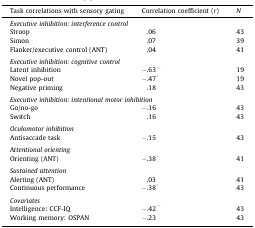
| Task correlations with sensory gating | Correlation coefficient (r) | N |
 | --- | --- | --- |
 | <COLSPAN=3> Executive inhibition: interference control |
 | Stroop | .06 | 43 |
 | Simon | .07 | 39 |
 | Flanker/executive control (ANT) | .04 | 41 |
 | <COLSPAN=3>  |
 | <COLSPAN=3> Executive inhibition: cognitive control |
 | Latent inhibition | −.63⁎⁎ | 19 |
 | Novel pop-out | −.47⁎ | 19 |
 | Negative priming | .18 | 43 |
 | <COLSPAN=3>  |
 | <COLSPAN=3> Executive inhibition: intentional motor inhibition |
 | Go/no-go | −.16 | 43 |
 | Switch | .16 | 43 |
 | <COLSPAN=3>  |
 | <COLSPAN=3> Oculomotor inhibition |
 | Antisaccade task | −.15 | 43 |
 | <COLSPAN=3>  |
 | <COLSPAN=3> Attentional orienting |
 | Orienting (ANT) | −.38⁎ | 41 |
 | <COLSPAN=3>  |
 | <COLSPAN=3> Sustained attention |
 | Alerting (ANT) | .03 | 41 |
 | Continuous performance | −.38⁎ | 43 |
 | <COLSPAN=3>  |
 | <COLSPAN=3> Covariates |
 | Intelligence: CCF-IQ | −.42⁎⁎ | 43 |
 | Working memory: OSPAN | −.23 | 43 |